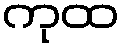
ကုထ